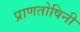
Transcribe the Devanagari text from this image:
प्राणतोषिनी